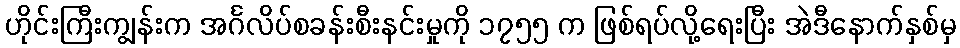
ဟိုင်းကြီးကျွန်းက အင်္ဂလိပ်စခန်းစီးနင်းမှုကို ၁၇၅၅ က ဖြစ်ရပ်လို့ရေးပြီး အဲဒီနောက်နှစ်မှ